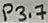
Text: P3.7